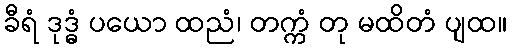
ခီရံ ဒုဒ္ဓံ ပယော ထညံ၊ တက္ကံ တု မထိတံ ပျထ။